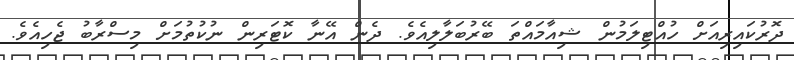
ދޮރުކައިރިއަށް ހުއްޓިލަމުން ޝިއާމައްތަ ބޭރުބަލާލިއެވެ. ދެން އޭނާ ކޮޓަރިން ނުކުތުމަށް މިސްރާބު ޖެހިއެވެ.